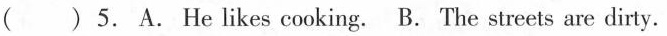
()5. A.He likes cooking. B. The streets are dirty.